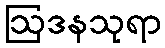
ဩဒနသုရာ